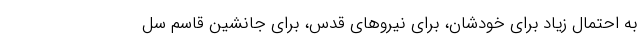
به احتمال زیاد برای خودشان، برای نیروهای قدس، برای جانشین قاسم سل